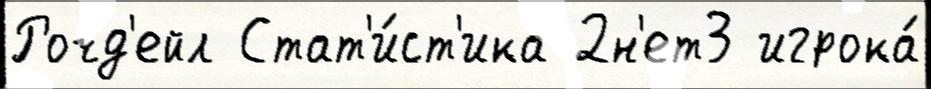
Рочд'ейл Стат'и́ст'ика 2н'ет3 игрока́